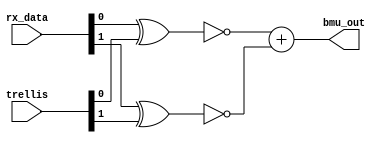
`timescale 1ns / 1ps
//////////////////////////////////////////////////////////////////////////////////
// Company: 
// Engineer: 
// 
// Design Name: 
// Module Name: BMU
// Project Name: 
// Target Devices: 
// Tool Versions: 
// Description: 
// 
// Dependencies: 
// 
// Revision:
// Revision 0.01 - File Created
// Additional Comments:
// 
//////////////////////////////////////////////////////////////////////////////////


module BMU #(parameter data_width = 2) ( 
    input       [data_width-1 : 0] rx_data,
    input       [data_width-1 : 0] trellis,
    output wire [data_width-1 : 0] bmu_out
    );

reg [data_width-1 : 0] temp;
always @*
    begin
        temp[0] = !(rx_data[0] ^ trellis[0]);
        temp[1] = !(rx_data[1] ^ trellis[1]);   
    end
   assign bmu_out = temp[0] + temp[1];
endmodule